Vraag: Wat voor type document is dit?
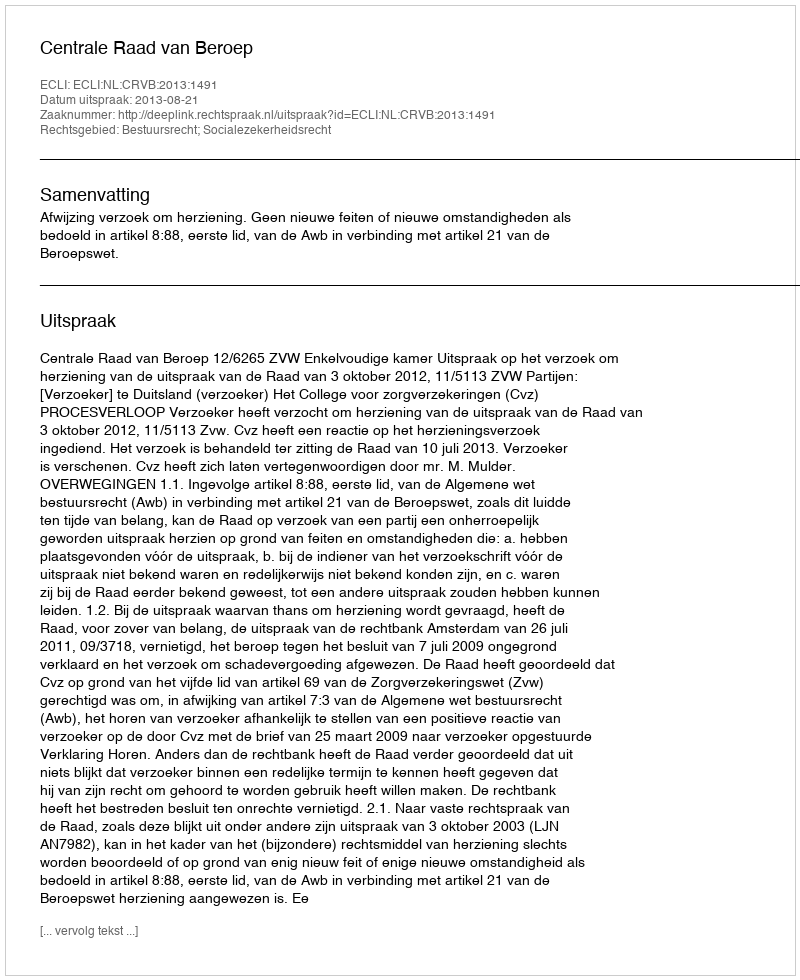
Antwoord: Uitspraak